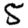
Digit: 5